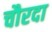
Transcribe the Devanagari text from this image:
चौरदा